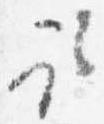
取